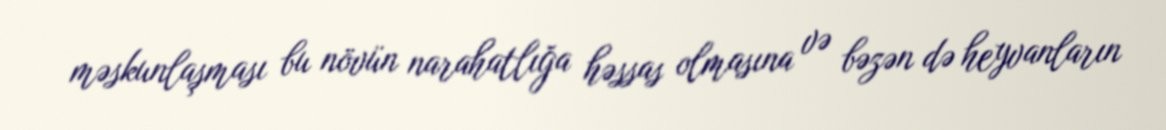
məskunlaşması bu növün narahatlığa həssas olmasına və bəzən də heyvanların